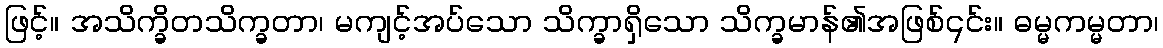
ဖြင့်။ အသိက္ခိတသိက္ခတာ၊ မကျင့်အပ်သော သိက္ခာရှိသော သိက္ခမာန်၏အဖြစ်၎င်း။ ဓမ္မကမ္မတာ၊